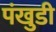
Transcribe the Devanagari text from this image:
पंखुडी